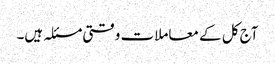
آج کل کے معاملات وقتی مسئلہ ہیں۔